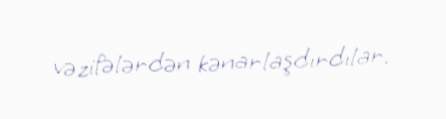
vəzifələrdən kənarlaşdırdılar.